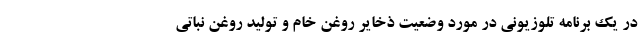
در یک برنامه تلوزیونی در مورد وضعیت ذخایر روغن خام و تولید روغن نباتی